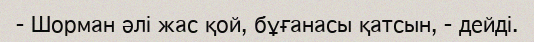
- Шорман әлі жас қой, бұғанасы қатсын, - дейді.